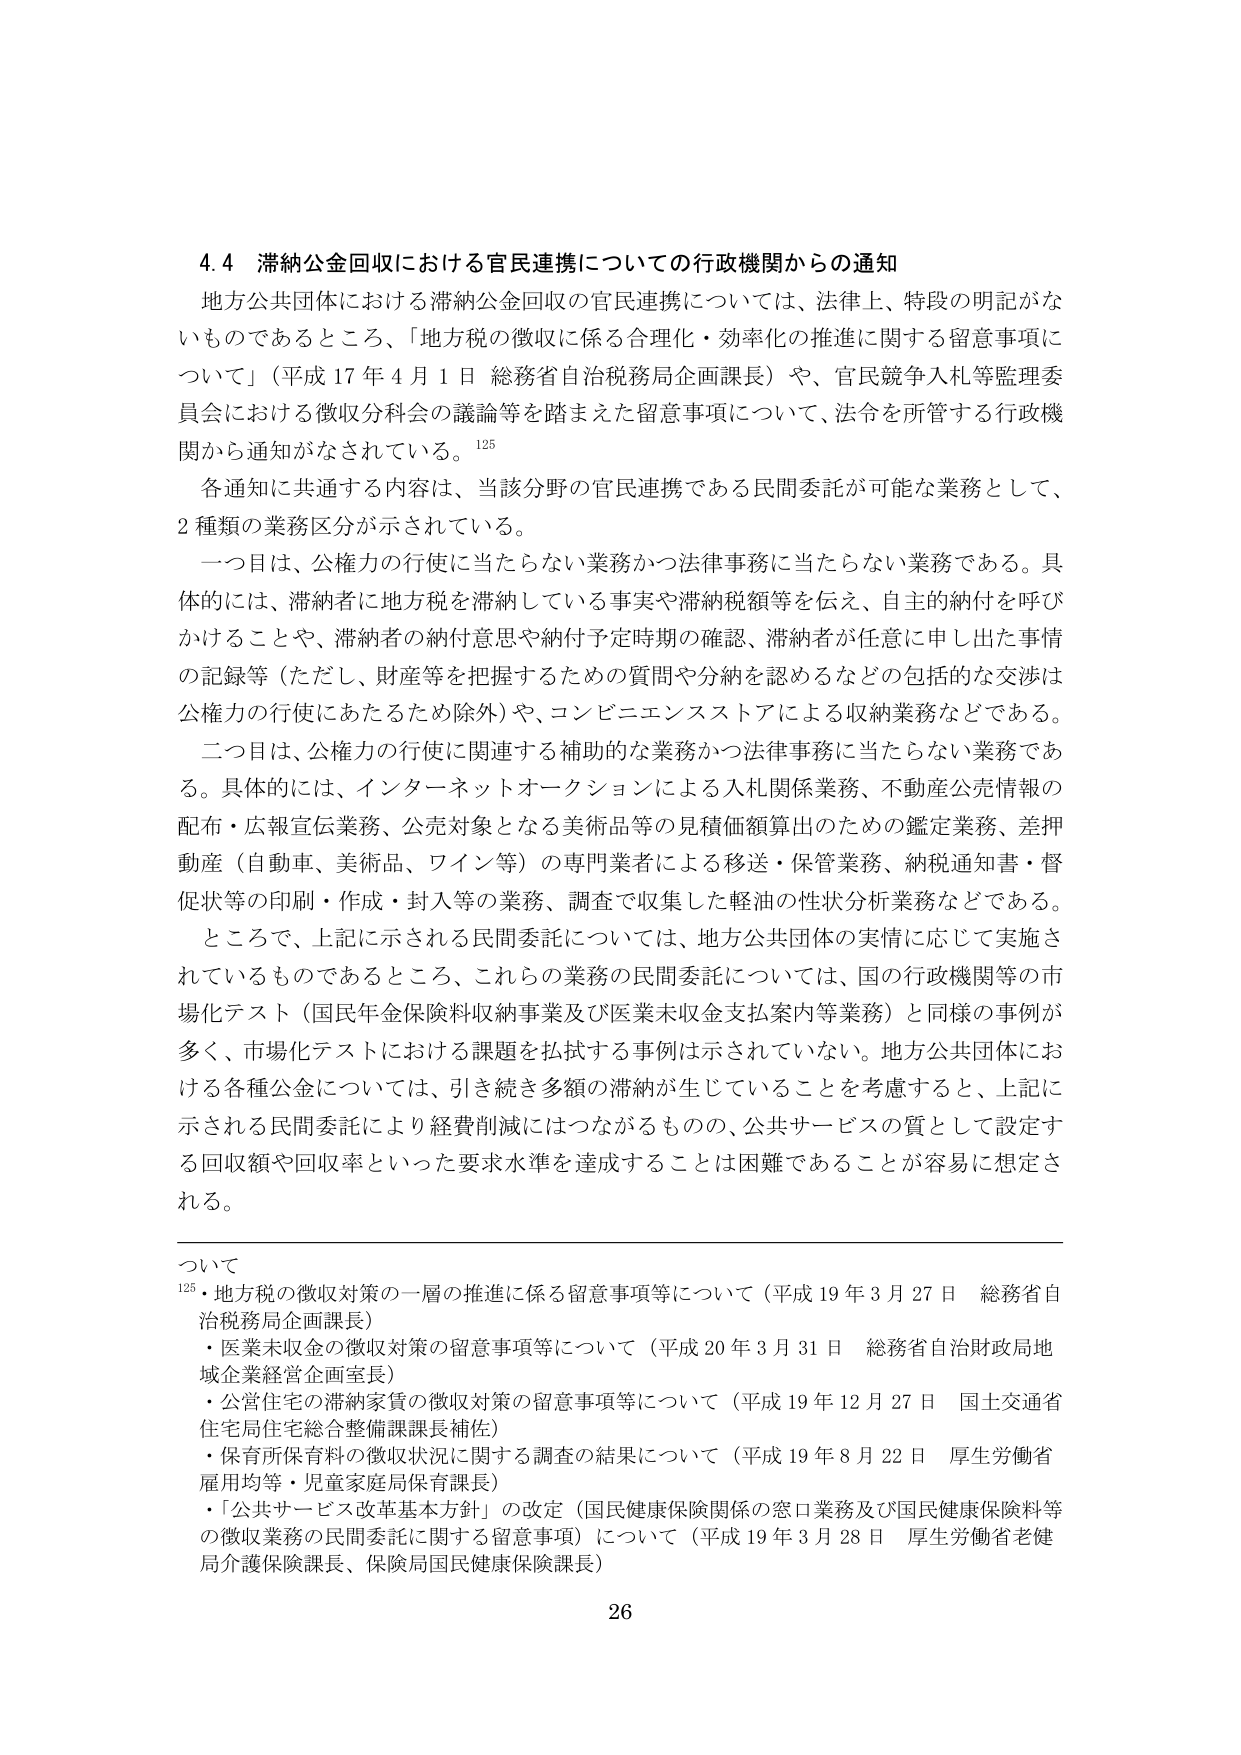
4.4 滞納公金回収における官民連携についての行政機関からの通知
地方公共団体における滞納公金回収の官民連携については、法律上、特段の明記がな
いものであるところ、「地方税の徴収に係る合理化・効率化の推進に関する留意事項に
ついて」（平成17年4月1日 総務省自治税務局企画課長）や、官民競争入札等監理委
員会における徴収分科会の議論等を踏まえた留意事項について、法令を所管する行政機
関から通知がなされている。125
各通知に共通する内容は、当該分野の官民連携である民間委託が可能な業務として、
2種類の業務区分が示されている。
一つ目は、公権力の行使に当たらない業務かつ法律事務に当たらない業務である。具
体的には、滞納者に地方税を滞納している事実や滞納税額等を伝え、自主的納付を呼び
かけることや、滞納者の納付意思や納付予定時期の確認、滞納者が任意に申し出た事情
の記録等（ただし、財産等を把握するための質問や分納を認めるなどの包括的な交渉は
公権力の行使にあたるため除外）や、コンビニエンスストアによる収納業務などである。
二つ目は、公権力の行使に関連する補助的な業務かつ法律事務に当たらない業務であ
る。具体的には、インターネットオークションによる入札関係業務、不動産公売情報の
配布・広報宣伝業務、公売対象となる美術品等の見積価額算出のための鑑定業務、差押
動産（自動車、美術品、ワイン等）の専門業者による移送・保管業務、納税通知書・督
促状等の印刷・作成・封入等の業務、調査で収集した軽油の性状分析業務などである。
ところで、上記に示される民間委託については、地方公共団体の実情に応じて実施さ
れているものであるところ、これらの業務の民間委託については、国の行政機関等の市
場化テスト（国民年金保険料収納事業及び医業未収金支払案内等業務）と同様の事例が
多く、市場化テストにおける課題を払拭する事例は示されていない。地方公共団体にお
ける各種公金については、引き続き多額の滞納が生じていることを考慮すると、上記に
示される民間委託により経費削減にはつながるものの、公共サービスの質として設定す
る回収額や回収率といった要求水準を達成することは困難であることが容易に想定さ
れる。

ついて
125・地方税の徴収対策の一層の推進に係る留意事項等について（平成19年3月27日 総務省自
治税務局企画課長）
・医業未収金の徴収対策の留意事項等について（平成20年3月31日 総務省自治財政局地
域企業経営企画室長）
・公営住宅の滞納家賃の徴収対策の留意事項等について（平成19年12月27日 国土交通省
住宅局住宅総合整備課課長補佐）
・保育所保育料の徴収状況に関する調査の結果について（平成19年8月22日 厚生労働省
雇用均等・児童家庭局保育課長）
・「公共サービス改革基本方針」の改定（国民健康保険関係の窓口業務及び国民健康保険料等
の徴収業務の民間委託に関する留意事項）について（平成19年3月28日 厚生労働省老健
局介護保険課長、保険局国民健康保険課長）

26